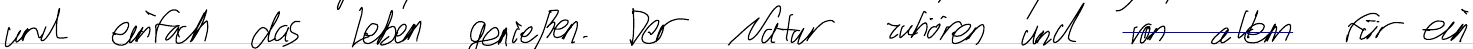
und einfach das Leben genießen. Der Natur zuhören und von allem für ein